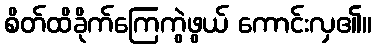
စိတ်ထိခိုက်ကြေကွဲဖွယ် ကောင်းလှ၏။